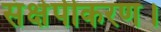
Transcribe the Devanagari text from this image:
संक्षेपीकरण।